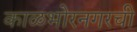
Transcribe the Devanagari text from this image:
काळभोरनगरची